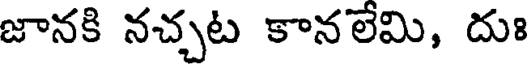
జానకి నచ్చట కానలేమి, దుః